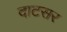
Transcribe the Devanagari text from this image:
दाटसर